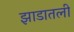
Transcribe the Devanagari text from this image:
झाडातली